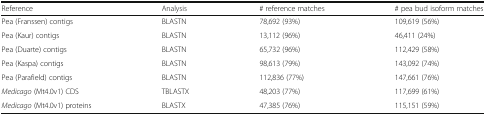
| Reference | Analysis | # reference matches | # pea bud isoform matches |
 | --- | --- | --- | --- |
 | Pea (Franssen) contigs | BLASTN | 78,692 (93%) | 109,619 (56%) |
 | Pea (Kaur) contigs | BLASTN | 13,112 (96%) | 46,411 (24%) |
 | Pea (Duarte) contigs | BLASTN | 65,732 (96%) | 112,429 (58%) |
 | Pea (Kaspa) contigs | BLASTN | 98,613 (79%) | 143,092 (74%) |
 | Pea (Parafield) contigs | BLASTN | 112,836 (77%) | 147,661 (76%) |
 | Medicago (Mt4.0v1) CDS | TBLASTX | 48,203 (77%) | 117,699 (61%) |
 | Medicago (Mt4.0v1) proteins | BLASTX | 47,385 (76%) | 115,151 (59%) |